Vaccination Hyderabad 1872-1889 - 1872-1889
Year: 1872
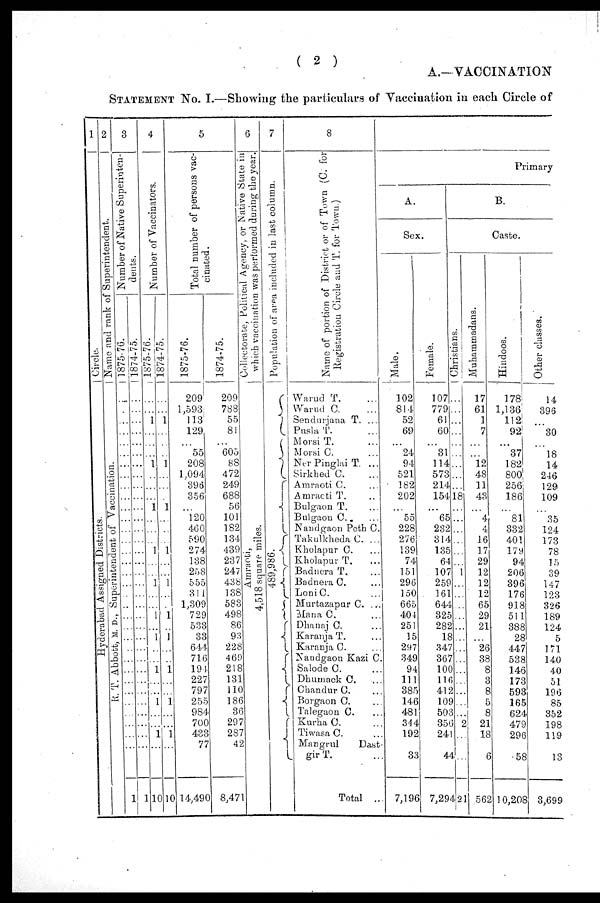
( 2 )
A.— VACCINATION
STATEMENT NO. I.—Showing the particulars of Vaccination in each Circle of
1
Circle.
Hyderabad Assigned Districts.
2
Name and rank of Superintendent.
R. T. Abbott, M. D., Superintendent of Vaccination.
3
Number of Native Superinten-
dents.
1875-76.
...
...
...
...
...
...
...
...
...
...
...
...
...
...
...
...
...
...
...
...
...
...
...
...
...
...
...
...
...
...
...
...
...
1
1874-75.
...
...
...
...
...
...
...
...
...
...
...
...
...
...
...
...
...
...
...
...
...
...
...
...
...
...
...
...
...
...
...
...
...
1
4
Number of Vaccinators.
1875-76.
...
...
1
...
...
...
1
...
...
...
1
...
...
...
1
...
...
1
...
...
1
...
1
...
...
1
...
...
1
...
...
1
...
10
1874-75.
...
...
1
...
...
...
1
...
...
...
1
...
...
...
1
...
...
1
...
...
1
...
1
...
...
1
...
...
1
...
...
1
...
10
5
Total number of persons vac-
cinated.
1875-76.
209
1,593
113
129
...
55
208
1,094
396
356
...
120
460
590
274
138
258
555
311
1,309
729
533
33
644
716
194
227
797
255
984
700
433
77
14,490
1874-75.
209
788
55
81
...
605
88
472
249
688
56
101
182
134
439
237
247
438
138
583
498
86
93
228
469
218
131
110
186
36
297
287
42
8,471
6
Collectorate, Political Agency, or Native State in
which vaccination was performed during the year.
Amraoti,
4,518 square miles.
7
Population of area included in last column.
489,986.
8
Name of portion of District or of Town (C. for
Registration Circle and T. for Town.)
Warud T. ...
Warud C. ...
Sendurjana T. ...
PuslaT. ...
Morsi T. ...
Morsi C. ...
Ner Pinglai T. ...
Sirkhed C. ...
Amraoti C. ...
Amraoti T. ...
Bulgaon T. ...
Bulgaon C. ...
Nandgaon Peth C. ...
Takulkheda C. ...
Kholapur C. ...
Kholapur T. ...
Badnera T. ...
Badnera C. ...
Loni C. ...
Murtazapur C. ...
Mana C. ...
Dhanaj C. ...
Karanja T. ...
Karanja C. ...
Nandgaon Kazi C.
Salode C. ...
Dhumack C. ...
Chandur C. ...
Borgaon C. ...
Talegaon C. ...
Kurha C . ...
Tiwasa C . ...
Mangrul
Dast-
gir T. ...
Total ...
Primary
A.
Sex.
Male.
102
814
52
69
...
24
94
521
182
202
...
55
228
276
139
74
151
296
150
665
404
251
15
297
349
94
111
385
146
481
344
192
33
7,196
Female.
107
779
61
60
...
31
114
573
214
154
...
65
232
314
135
64
107
259
161
644
325
282
18
347
367
100
116
412
109
503
356
241
44
7,294
B.
Caste.
Christians.
...
...
...
...
...
...
...
...
...
18
...
...
...
...
...
...
1
...
...
...
...
...
...
...
...
...
...
...
...
...
2
...
...
21
Muhammadans.
17
61
1
7
...
...
12
48
11
43
...
4
4
16
17
29
12
12
12
65
29
21
...
26
38
8
3
8
5
8
21
18
6
562
Hindoos.
178
1,136
112
92
...
37
182
800
256
186
...
81
332
401
179
94
206
396
176
918
511
388
28
447
538
146
173
593
165
624
479
296
58
10,208
Other classes.
14
396
...
30
...
18
14
246
129
109
...
35
124
173
78
15
39
147
123
326
189
124
5
171
140
40
51
196
85
352
198
119
13
3,699